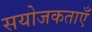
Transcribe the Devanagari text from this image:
सयोजकताएँ